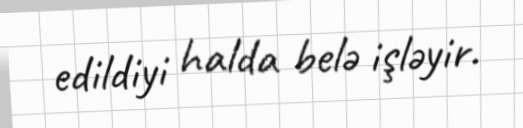
edildiyi halda belə işləyir.